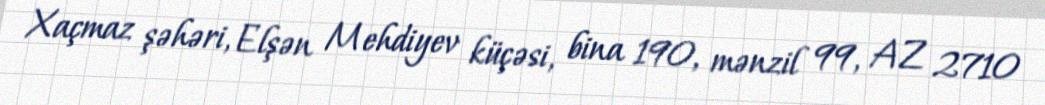
Xaçmaz şəhəri, Elşən Mehdiyev küçəsi, bina 190, mənzil 99, AZ 2710